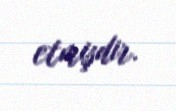
etmişdir.